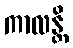
ကာလန္တိ